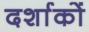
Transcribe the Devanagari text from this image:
दर्शाकों